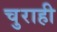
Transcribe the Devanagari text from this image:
चुराही